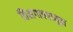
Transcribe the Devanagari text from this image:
तिसगावपासून